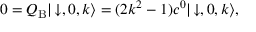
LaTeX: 0 = Q _ { \mathrm { B } } | \! \downarrow , 0 , k \rangle = ( 2 k ^ { 2 } - 1 ) c ^ { 0 } | \! \downarrow , 0 , k \rangle ,